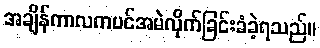
အချိန်ကာလကပင်အမဲလိုက်ခြင်းခံခဲ့ရသည်။